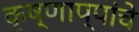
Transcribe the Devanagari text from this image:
कृष्णाप्पांचे